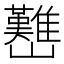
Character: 𡿊